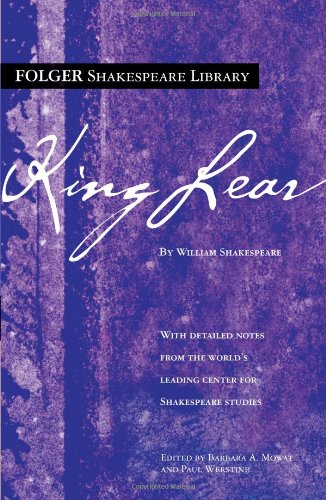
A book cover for King Lear (Folger Shakespeare Library); William Shakespeare; Literature & Fiction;